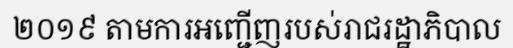
២០១៩ តាមការអញ្ជើញរបស់រាជរដ្ឋាភិបាល